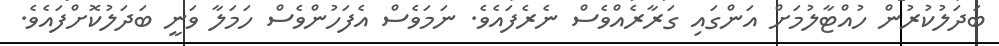
ބަދަލުކުރުން ހުއްޓާލުމަށް އަންގައި ގަރާރެއްވެސް ނެރެފައެވެ. ނަމަވެސް އެފަހުންވެސް ހަމަލާ ވަނީ ބަދަލުކޮށްފައެވެ.